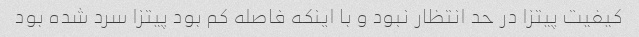
کیفیت پیتزا در حد انتظار نبود و با اینکه فاصله کم بود پیتزا سرد شده بود